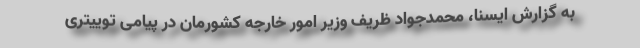
به گزارش ایسنا، محمدجواد ظریف وزیر امور خارجه کشورمان در پیامی توییتری